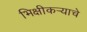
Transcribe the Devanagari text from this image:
भिक्षीकऱ्याचे